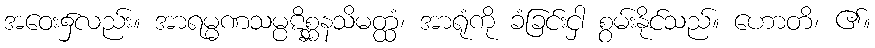
အဝေး၌လည်း။ အာရမ္မဏသမ္ပဋိစ္ဆနသိမတ္ထံ၊ အာရုံကို ခံခြင်းငှါ စွမ်းနိုင်သည်။ ဟောတိ၊ ၏။